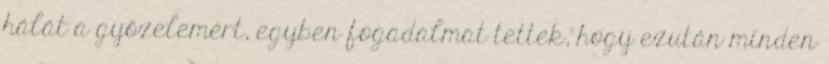
hálát a győzelemért, egyben fogadalmat tettek, hogy ezután minden